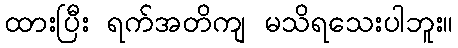
ထားပြီး ရက်အတိကျ မသိရသေးပါဘူး။